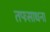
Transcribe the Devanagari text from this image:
तपःसाधना